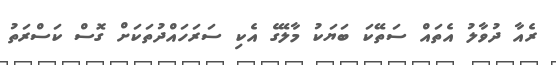
ރެއާ ދުވާލު އެތައް ސަތޭކަ ބަޔަކު މާލޭގެ އެކި ސަރަހައްދުތަކަށް ގޮސް ކަސްރަތު